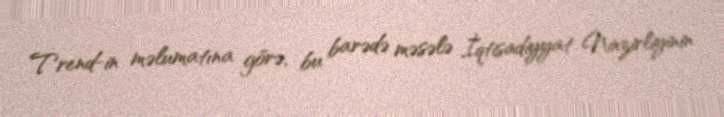
Trend-in məlumatına görə, bu barədə məsələ İqtisadiyyat Nazirliyinin